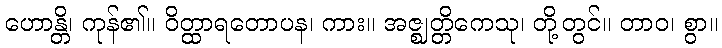
ဟောန္တိ၊ ကုန်၏။ ဝိတ္ထာရတောပန၊ ကား။ အဇ္ဈတ္တိကေသု၊ တို့တွင်။ တာဝ၊ စွာ။